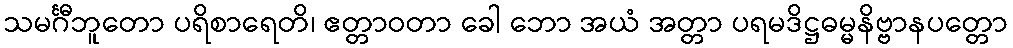
သမင်္ဂီဘူတော ပရိစာရေတိ၊ ဧတ္တာဝတာ ခေါ ဘော အယံ အတ္တာ ပရမဒိဋ္ဌဓမ္မနိဗ္ဗာနပတ္တော